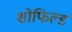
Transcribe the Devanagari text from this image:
शोफिल्ड